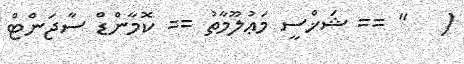
(   " == ޝަޚްސީ މަޢުލޫމާތު == ކޮމާންޑް ސާޖަންޓް